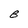
Character: B